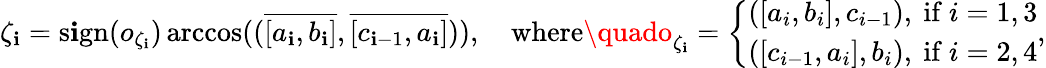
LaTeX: \zeta_{\mathbf{i}}=\mathrm{{s\mathbf{i}gn}}(o_{\zeta_{\mathbf{i}}})\operatorname{arccos}((\overline{{{[a_{\mathbf{i}},b_{\mathbf{i}}]}}},\overline{{{[c_{\mathbf{i}-1},a_{\mathbf{i}}]}}})),\quad\mathrm{{where}}\quado_{\zeta_{\mathbf{i}}}=\left\{ \begin{array}{ll}{([a_{i},b_{i}],c_{i-1}),\mathrm{~if~}i=1,3}\\ {([c_{i-1},a_{i}],b_{i}),\mathrm{~if~}i=2,4}\end{array}\right.,